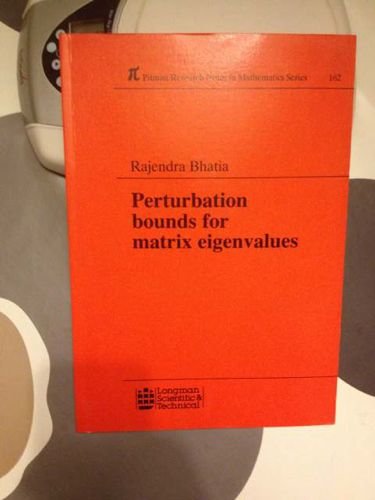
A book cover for Perturbation Bounds for Matrix Eigenvalues (Pitman Research Notes in Mathematics Series); Rajendra Bhatia; Science & Math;